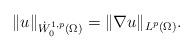
LaTeX: \begin{align*}\| u \|_{\dot{W}^{1,p}_{0}(\Omega)} = \| \nabla u \|_{L^{p}(\Omega)}.\end{align*}